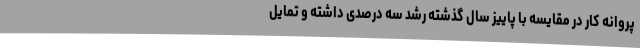
پروانه کار در مقایسه با پاییز سال گذشته رشد سه درصدی داشته و تمایل